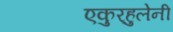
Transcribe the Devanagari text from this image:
एकुर्‍हुलेनी